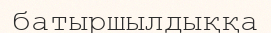
батыршылдыққа